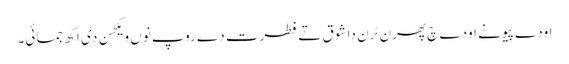
اودے پیو نے اودے چ پھرن ٹرن دا شوق تے فطرت دے روپ نوں ویکھن دی اکھ جمائی۔